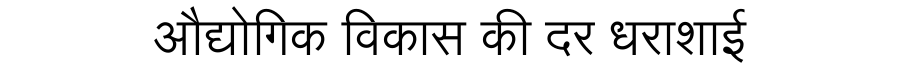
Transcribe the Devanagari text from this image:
औद्योगिक विकास की दर धराशाई